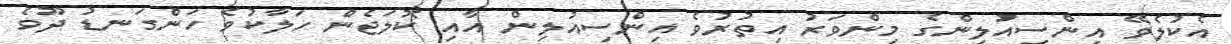
އެކުލެވޭ އިންސިއުލިންގެ މިންވަރު އިތުރުވެ އިންސިއުލިން އާއި ކޮލަޖެން ހަލާކުވެ ހަންގަނޑު ދޫވެ